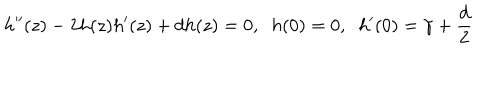
h ^ { \prime \prime } ( z ) - 2 h ( z ) h ^ { \prime } ( z ) + d h ( z ) = 0 , \; \; h ( 0 ) = 0 , \; \; h ^ { \prime } ( 0 ) = \gamma + \frac { d } { 2 }